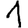
Digit: 1